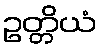
ဥတ္တိယံ